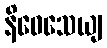
နိဝေသေယျ